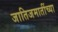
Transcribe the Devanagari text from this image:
जातिजमातींच्या